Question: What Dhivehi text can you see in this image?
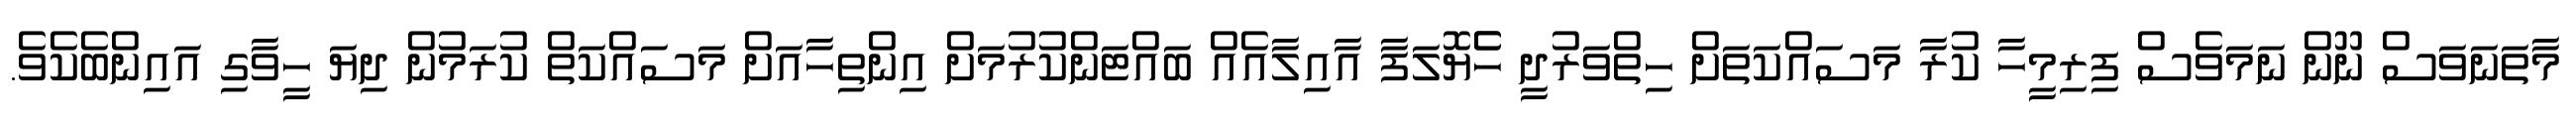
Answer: މާތަނަވަސް ނޫން ނަމަވެސް ފިރިމީހާ ކުރާ މަސައްކަތަށް ހިތްވަރުދީ ހެެޔޮލަފާ އާއިލާއެއް ބައްޓަންކުރުމަށް އިންތިހާއަށް މަސައްކަތް ކުރަމުން ދިޔަ ހީވާގި އައިންބެކެވެ.